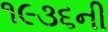
૧૯૩૬ની